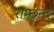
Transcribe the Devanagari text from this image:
राम्छन्द